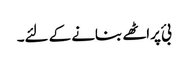
بئ پراٹھے بنانے کے لئے۔